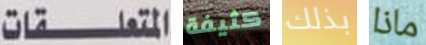
المتعلقات كثيفة بذلك ماذا